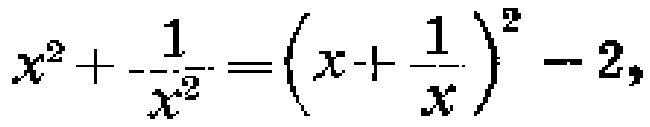
$x^{2}+\frac{1}{x^{2}}=\left(x + \frac{1}{x}\right)^{2}-2,$